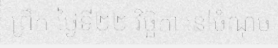
ព្រឹក ថ្ងៃទី២២ វិច្ឆិកា នៅចំណុច